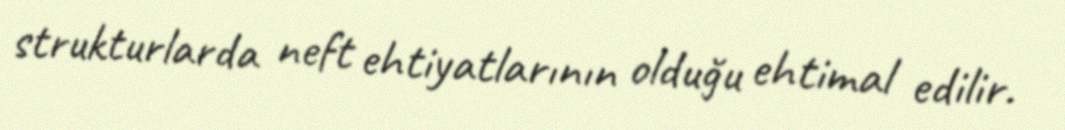
strukturlarda neft ehtiyatlarının olduğu ehtimal edilir.